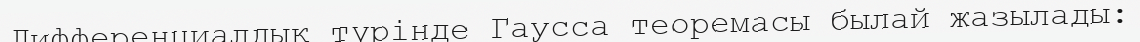
Дифференциалдық түрінде Гаусса теоремасы былай жазылады: